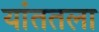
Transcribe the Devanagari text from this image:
यांततला